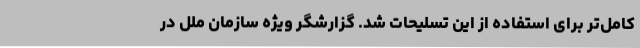
کامل‌تر برای استفاده از این تسلیحات شد. گزارشگر ویژه سازمان ملل در